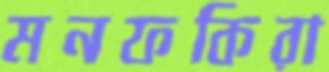
মনফকিরা